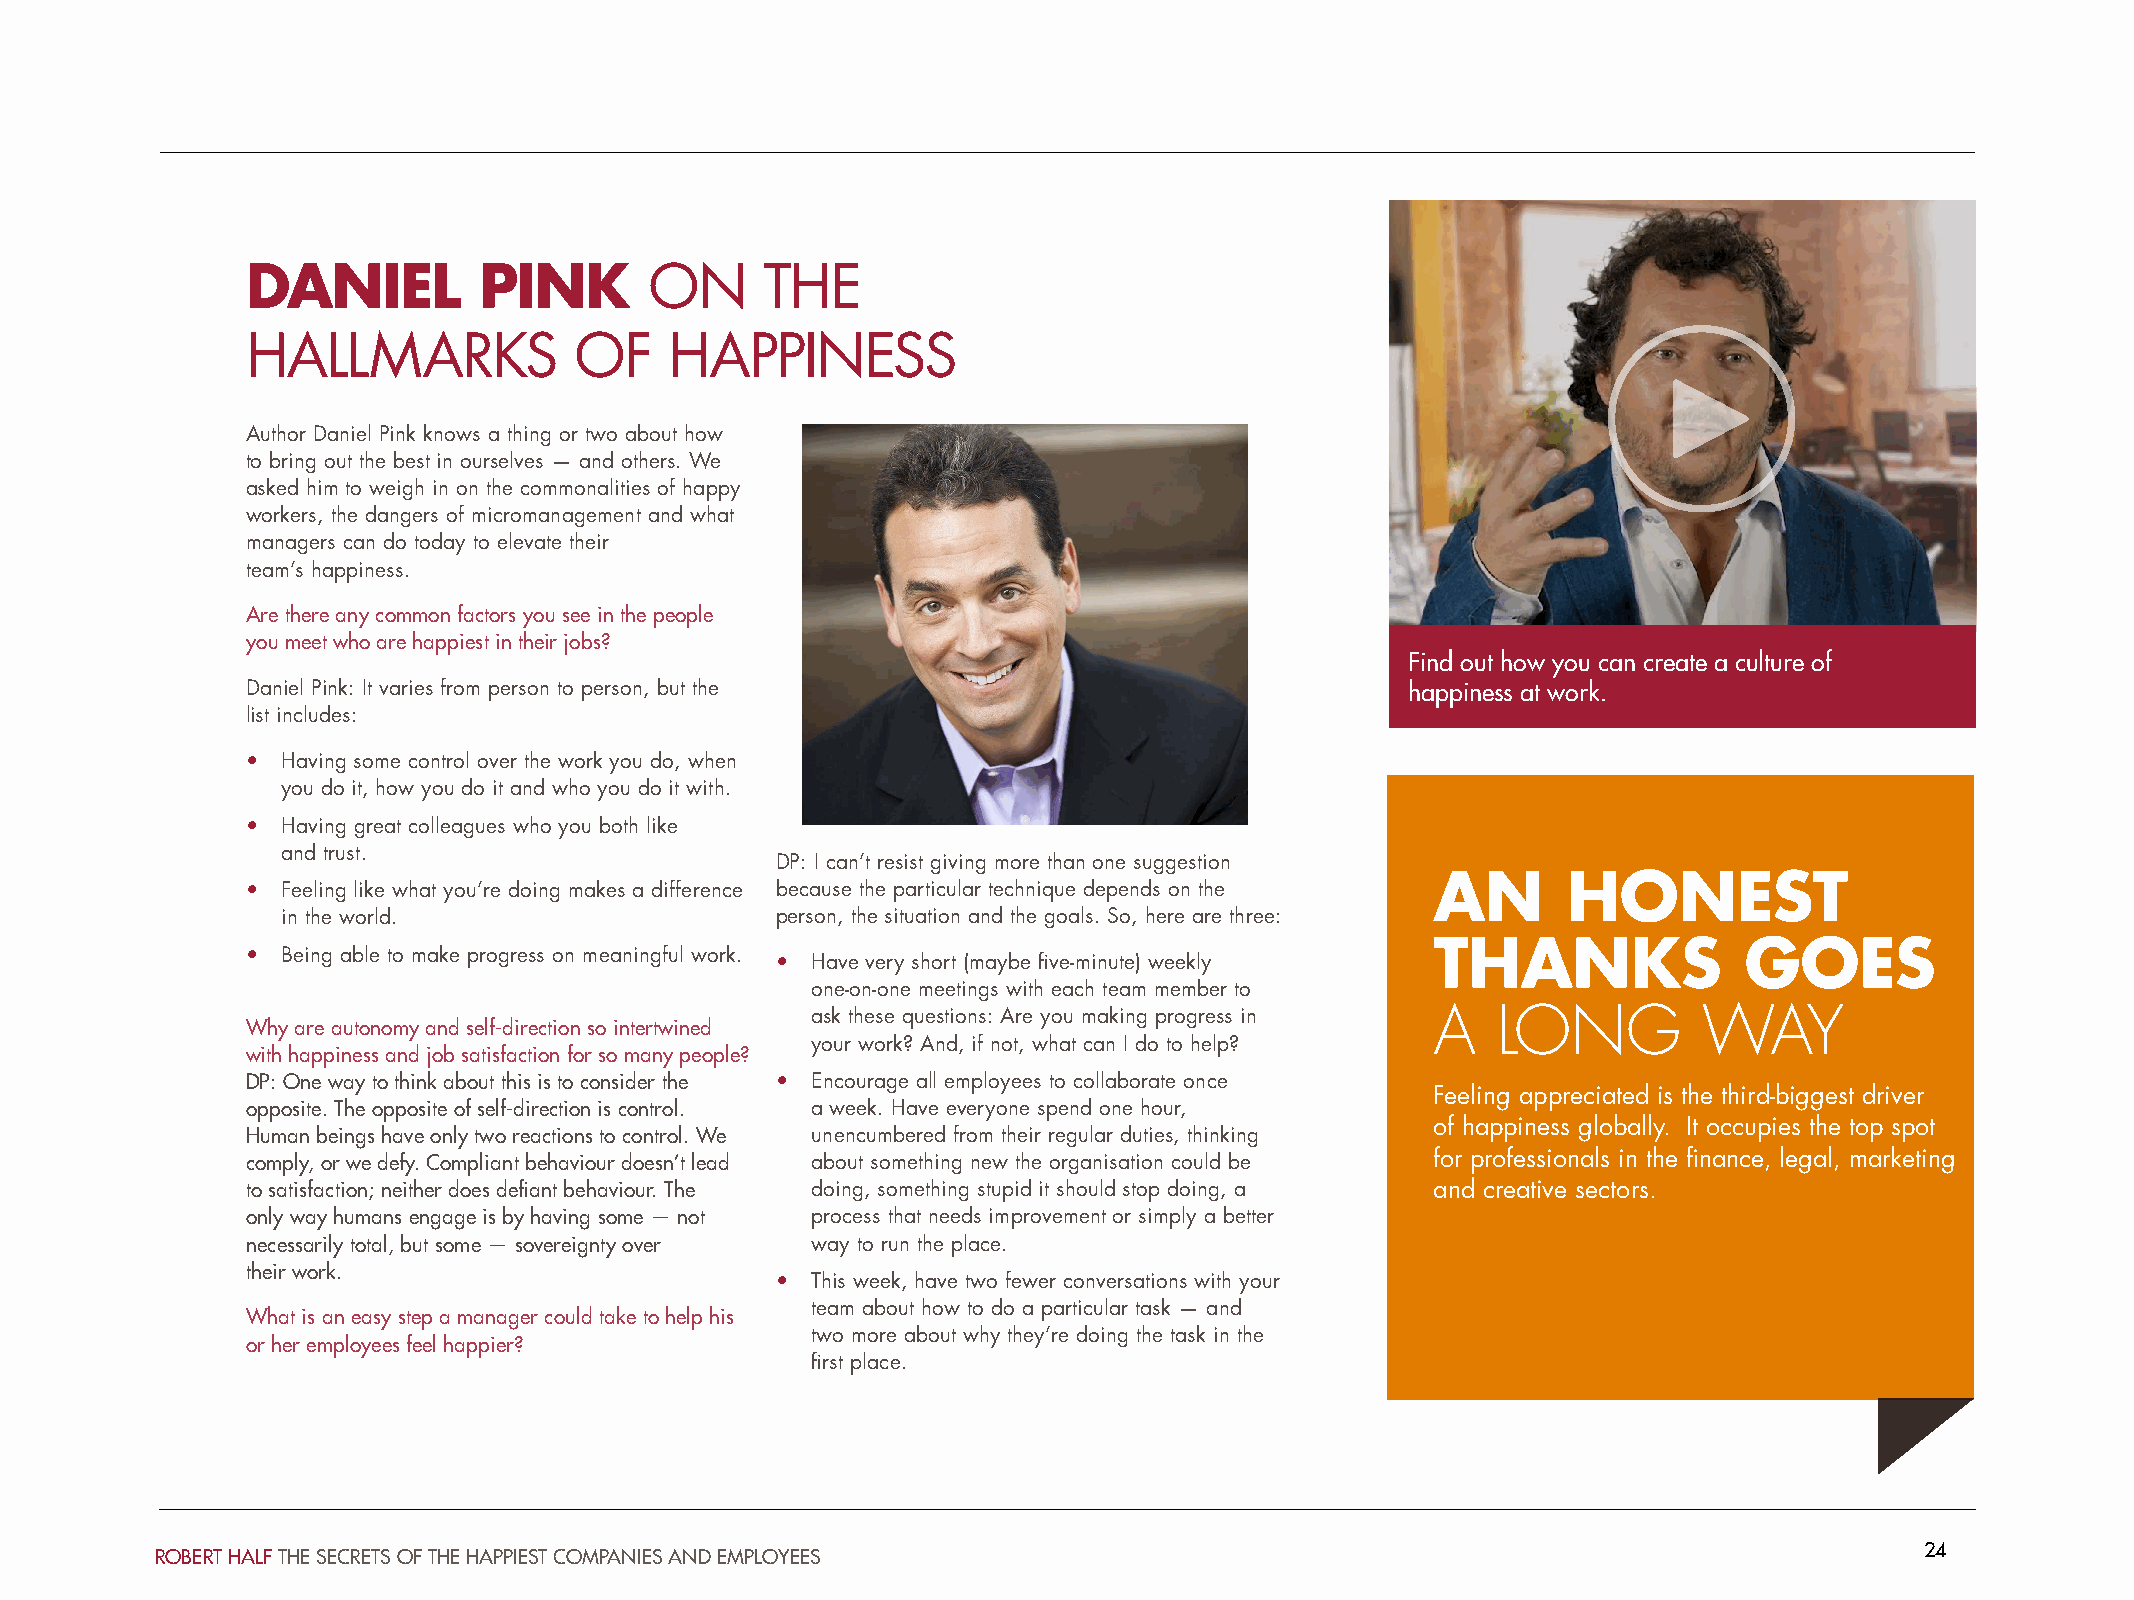
DANIEL          PINK       ON      THE
 HALLMARKS             OF    HAPPINESS
 Author Daniel Pink knows a thing or two about how
 to bring out the best in ourselves — and others. We
 asked him to weigh in on the commonalities of happy
 workers, the dangers of micromanagement and what
 managers can do today to elevate their
 team’s happiness.
 Are there any common factors you see in the people
 you meet who are happiest in their jobs?
 Find out how you can create a culture of
 Daniel Pink: It varies from person to person, but the                        happiness at work.
 list includes:
 •  Having some control over the work you do, when
 you do it, how you do it and who you do it with.
 •  Having great colleagues who you both like
 and trust.
 DP: I can’t resist giving more than one suggestion
 AN       HONEST
 •  Feeling like what you’re doing makes a difference because the particular technique depends on the
 in the world.                   person, the situation and the goals. So, here are three:
 THANKS              GOES
 •  Being able to make progress on meaningful work.
 •  Have very short (maybe five-minute) weekly
 one-on-one meetings with each team member to
 ask these questions: Are you making progress in A LONG     WAY
 Why are autonomy and self-direction so intertwined
 your work? And, if not, what can I do to help?
 with happiness and job satisfaction for so many people?
 DP: One way to think about this is to consider the • Encourage all employees to collaborate once
 Feeling appreciated is the third-biggest driver
 opposite. The opposite of self-direction is control. a week. Have everyone spend one hour,
 of happiness globally. It occupies the top spot
 Human beings have only two reactions to control. We unencumbered from their regular duties, thinking
 comply, or we defy. Compliant behaviour doesn’t lead about something new the organisation could be for professionals in the finance, legal, marketing
 to satisfaction; neither does defiant behaviour. The doing, something stupid it should stop doing, a and creative sectors.
 only way humans engage is by having some — not process that needs improvement or simply a better
 necessarily total, but some — sovereignty over way to run the place.
 their work.
 •  This week, have two fewer conversations with your
 team about how to do a particular task — and
 What is an easy step a manager could take to help his
 two more about why they’re doing the task in the
 or her employees feel happier?
 first place.
 24
 ROBERT HALF THE SECRETS OF THE HAPPIEST COMPANIES AND EMPLOYEES